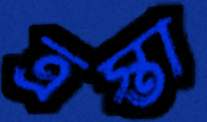
ত্রস্তা